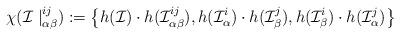
LaTeX: \begin{align*}\chi(\mathcal{I}\mid_{\alpha\beta}^{ij}):=\left\{ h(\mathcal{I})\cdot h(\mathcal{I}_{\alpha\beta}^{ij}),h(\mathcal{I}_{\alpha}^{i})\cdot h(\mathcal{I}_{\beta}^{j}),h(\mathcal{I}_{\beta}^{i})\cdot h(\mathcal{I}_{\alpha}^{j})\right\}\end{align*}